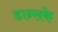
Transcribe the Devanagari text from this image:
डान्सके